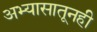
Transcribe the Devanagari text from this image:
अभ्यासातूनही